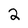
Character: 2